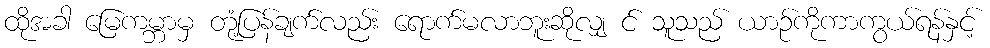
ထိုအခါ မြေကမ္ဘာမှ တုံ့ပြန်ချက်လည်း ရောက်မလာဘူးဆိုလျှ င် သူသည် ယာဉ်ကိုကာကွယ်ရန်နှင့်